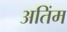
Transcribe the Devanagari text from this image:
अतिंम